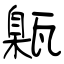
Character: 甈